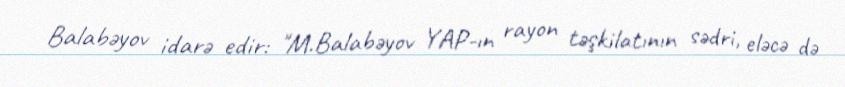
Balabəyov idarə edir: "M.Balabəyov YAP-ın rayon təşkilatının sədri, eləcə də